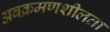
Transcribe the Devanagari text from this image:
अवक्रमणशीलता